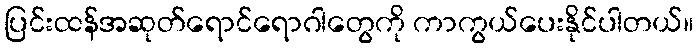
ပြင်းထန်အဆုတ်ရောင်ရောဂါတွေကို ကာကွယ်ပေးနိုင်ပါတယ်။